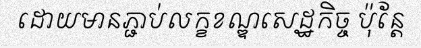
ដោយមានភ្ជាប់លក្ខខណ្ឌសេដ្ឋកិច្ច ប៉ុន្តែ